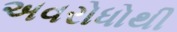
અવરોધોથી